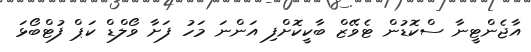
އާޖެންޓީނާ ސްކޮޑުން ޓެވޭޒް ބާކީކޮށްފި އަންނަ މަހު ފަށާ ވޯލްޑް ކަޕް ފުޓްބޯޅަ